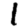
Digit: 1